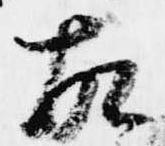
故